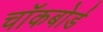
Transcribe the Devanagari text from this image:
चॉकबोर्ड